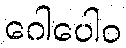
ဂေါပေါဝ